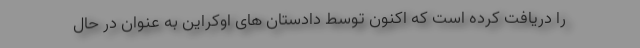
را دریافت کرده است که اکنون توسط دادستان های اوکراین به عنوان در حال